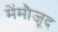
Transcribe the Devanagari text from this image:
मेंमौजूद